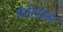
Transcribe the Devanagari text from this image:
वेर्नहाइम